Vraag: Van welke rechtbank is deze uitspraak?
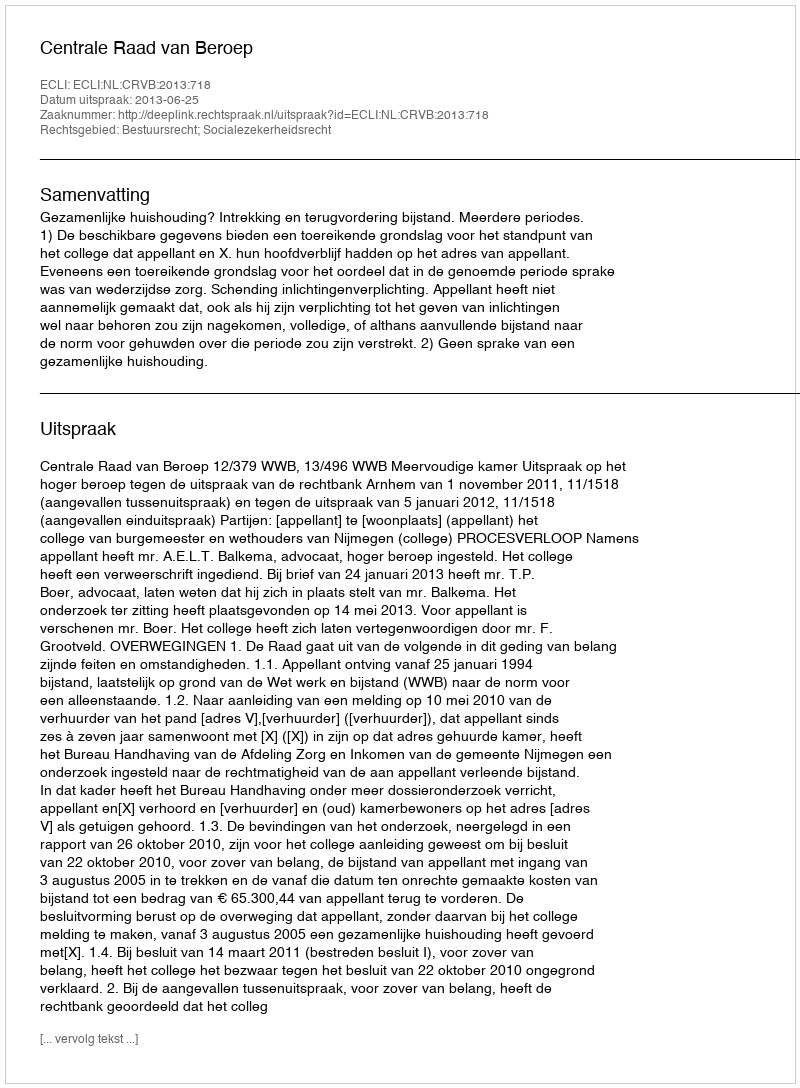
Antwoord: Centrale Raad van Beroep